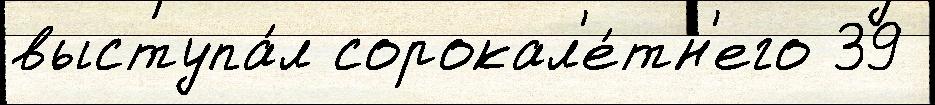
выступа́л сорокал'е́тн'его 39